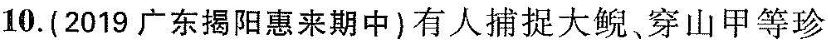
10.(2019广东揭阳惠来期中)有人捕捉大鲵、穿山甲等珍